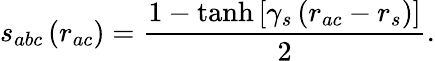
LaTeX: s_{abc}\left(r_{ac}\right)=\frac{1-\operatorname{tanh}\left[\gamma_{s}\left(r_{ac}-r_{s}\right)\right]}{2}.